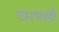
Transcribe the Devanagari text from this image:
चरफडी